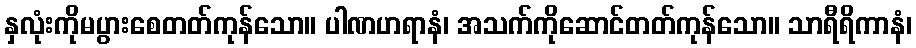
နှလုံးကိုမပွားစေတတ်ကုန်သော။ ပါဏဟရာနံ၊ အသက်ကိုဆောင်တတ်ကုန်သော။ သာရီရိကာနံ၊